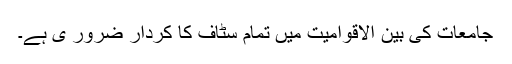
جامعات کی بین الاقوامیت میں تمام سٹاف کا کردار ضرور ی ہے۔